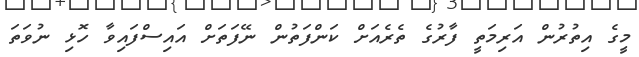
މީގެ އިތުރުން އަރިމަތީ ފާރުގެ ތެރެއަށް ކަންފަތުން ނޭފަތަށް އައިސްފައިވާ ހޮޅި ނުވަތަ